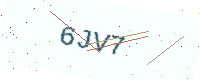
Text: 6JV7